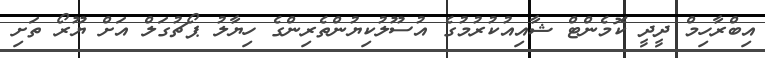
އިބްރާހިމް ދީދީ ކޮމެންޓް ޝާއިއުކުރުމުގެ އުސޫލުކިޔުންތެރިންގެ ހިޔާލު ޕޯޗުގަލް އަށް ޔޫރޯ ތަށި